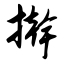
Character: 擀